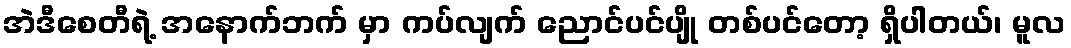
အဲဒီစေတီရဲ့ အနောက်ဘက် မှာ ကပ်လျက် ညောင်ပင်ပျို တစ်ပင်တော့ ရှိပါတယ်၊ မူလ